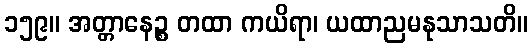
၁၅၉။ အတ္တာနေဉ္စ တထာ ကယိရာ၊ ယထာညမနုသာသတိ။